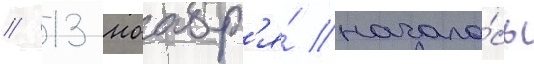
// 13 ноабр'я́ начало́сь